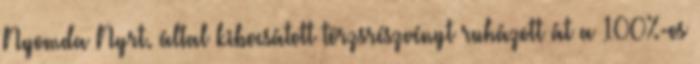
Nyomda Nyrt. által kibocsátott törzsrészvényt ruházott át a 100%-os